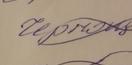
Signature authenticity: forged